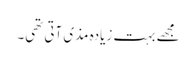
مجھے بہت زیادہ مذی آتی تھی۔